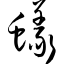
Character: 蚁